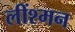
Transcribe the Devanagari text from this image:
लींश्मन